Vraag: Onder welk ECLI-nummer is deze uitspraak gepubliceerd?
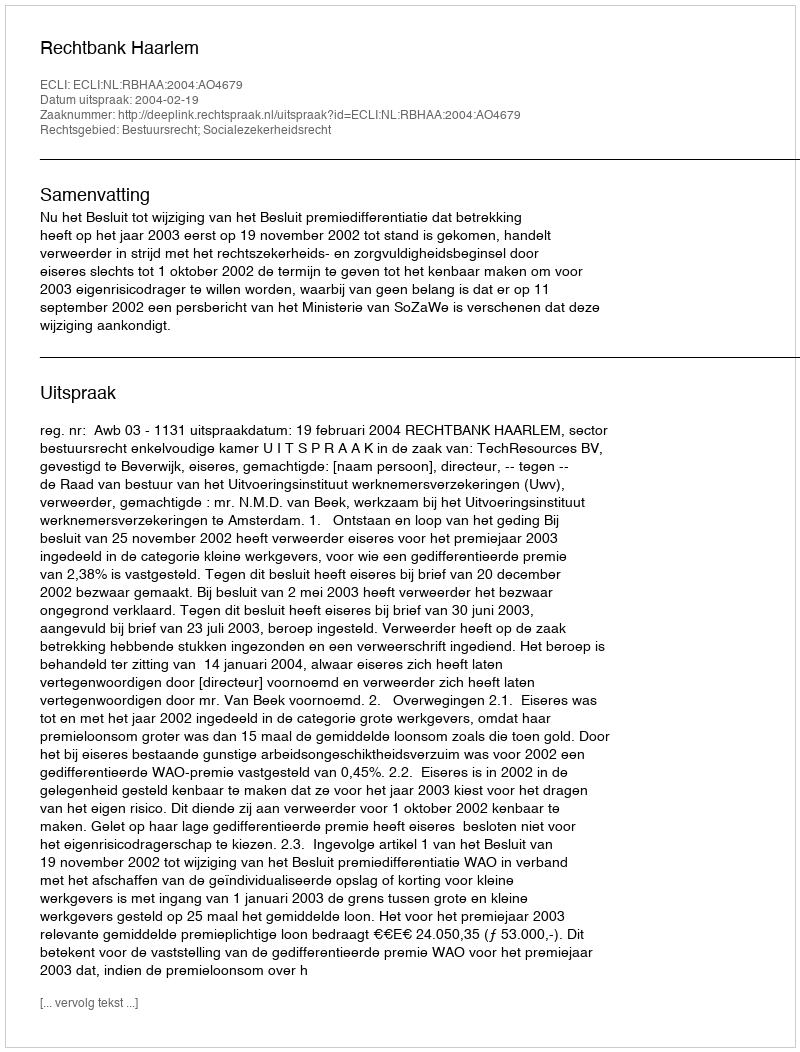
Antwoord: ECLI:NL:RBHAA:2004:AO4679